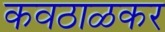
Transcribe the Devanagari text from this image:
कवठाळकर